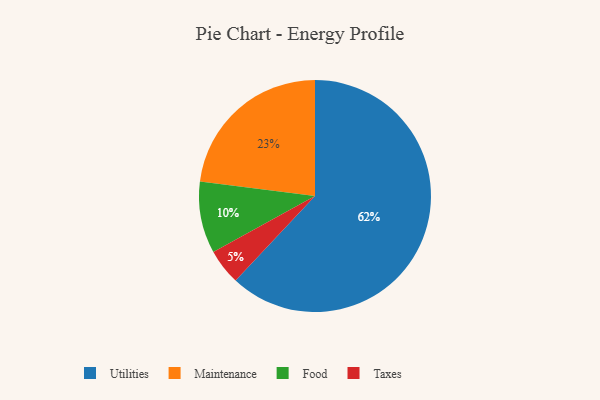
{"axis": {"x": "Category", "y": "Percentage"}, "legend": ["Food", "Maintenance", "Taxes", "Utilities"], "data": [{"x": "Utilities", "y": 62, "type": "Utilities"}, {"x": "Taxes", "y": 5, "type": "Taxes"}, {"x": "Food", "y": 10, "type": "Food"}, {"x": "Maintenance", "y": 23, "type": "Maintenance"}]}